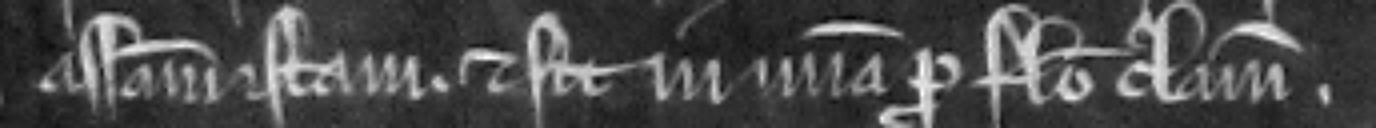
assisam istam. et sit in misericordia pro falso clamore.